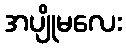
အပျိုမလေး